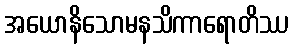
အယောနိသောမနသိကာရောတိဿ